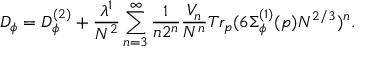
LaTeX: D _ { \phi } = D _ { \phi } ^ { ( 2 ) } + \frac { \lambda ^ { 1 } } { N ^ { 2 } } \sum _ { n = 3 } ^ { \infty } \frac { 1 } { n 2 ^ { n } } \frac { V _ { n } } { N ^ { n } } T r _ { p } ( 6 \Sigma _ { \phi } ^ { ( 1 ) } ( p ) N ^ { 2 / 3 } ) ^ { n } .